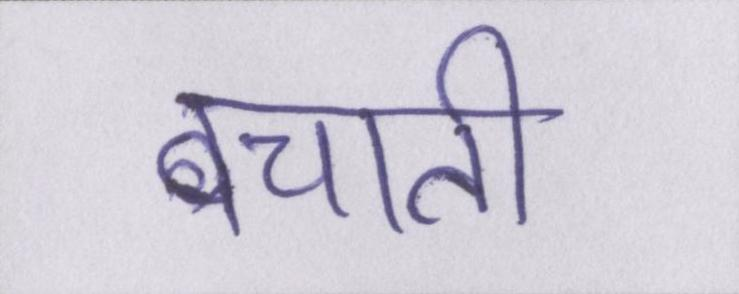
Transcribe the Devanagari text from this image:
बचाती